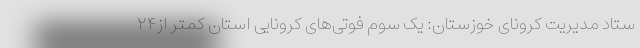
ستاد مدیریت کرونای خوزستان: یک سوم فوتی‌های کرونایی استان کمتر از۲۴